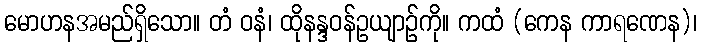
မောဟနအမည်ရှိသော။ တံ ဝနံ၊ ထိုနန္ဒဝန်ဥယျာဉ်ကို။ ကထံ (ကေန ကာရဏေန)၊